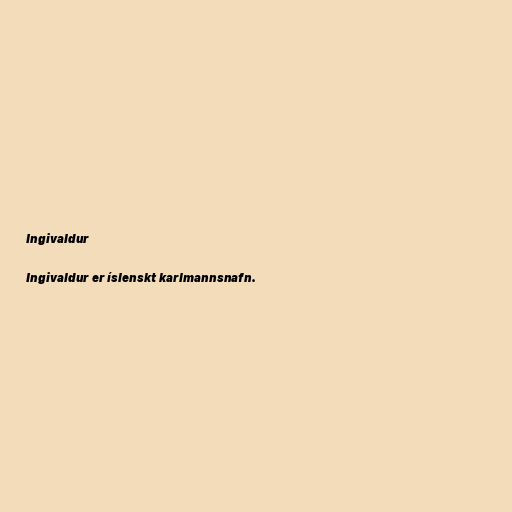
Ingivaldur

Ingivaldur er íslenskt karlmannsnafn.